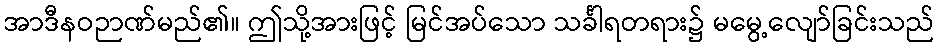
အာဒီနဝဉာဏ်မည်၏။ ဤသို့အားဖြင့် မြင်အပ်သော သင်္ခါရတရား၌ မမွေ့လျော်ခြင်းသည်